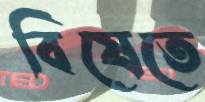
বিষেতে